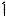
1